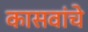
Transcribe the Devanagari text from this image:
कासवांचे